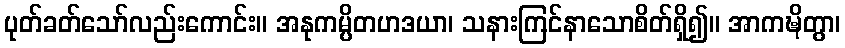
ပုတ်ခတ်သော်လည်းကောင်း။ အနုကမ္ပိတဟဒယာ၊ သနားကြင်နာသောစိတ်ရှိ၍။ အာကဍ္ဎိတွာ၊